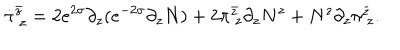
\dot { \pi } _ { ~ z } ^ { \bar { z } } = 2 e ^ { 2 \sigma } \partial _ { z } ( e ^ { - 2 \sigma } \partial _ { z } N ) + 2 \pi _ { ~ z } ^ { \bar { z } } \partial _ { z } N ^ { z } + N ^ { z } \partial _ { z } \pi _ { ~ z } ^ { \bar { z } } .